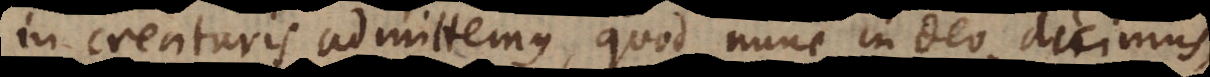
in creaturis admittemus, quod nunc in Deo dicimus,